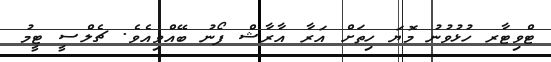
ޓްވިޓާރ ހުޅުވުނު މޮޔަ ހިތަށް އަރާ އާރާޝް ފޯނު ބޭއްވިއެވެ. ޗެލްސީ ޓީމު